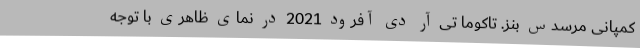
کمپانی مرسدس بنز. تاکوما تی آر دی آفرود 2021 در نمای ظاهری با توجه